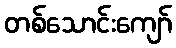
တစ်သောင်းကျော်